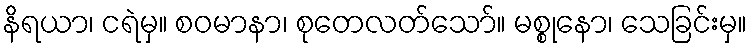
နိရယာ၊ ငရဲမှ။ စဝမာနာ၊ စုတေလတ်သော်။ မစ္စုနော၊ သေခြင်းမှ။